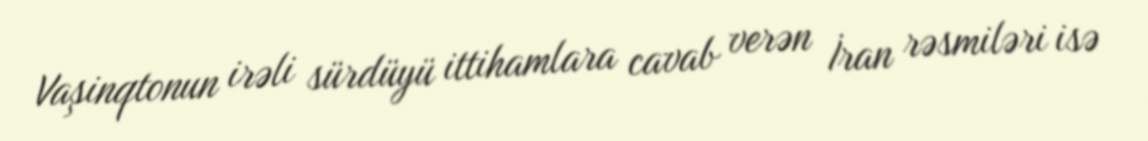
Vaşinqtonun irəli sürdüyü ittihamlara cavab verən İran rəsmiləri isə